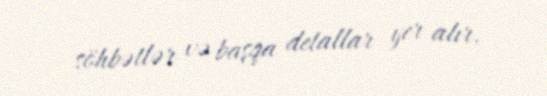
söhbətlər və başqa detallar yer alır.